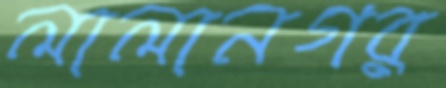
লালানগর